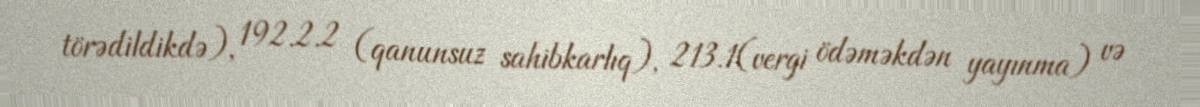
törədildikdə), 192.2.2 (qanunsuz sahibkarlıq), 213.1(vergi ödəməkdən yayınma) və